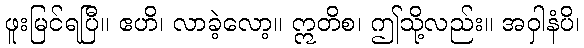
ဖူးမြင်ရပြီ။ ဧဟိ၊ လာခဲ့လော့။ ဣတိစ၊ ဤသို့လည်း။ အဝှါနံပိ၊